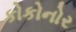
કોકોનોર